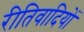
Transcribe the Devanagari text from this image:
रीतिवादियों